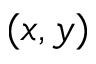
( x , y )